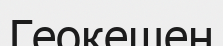
Геокешен